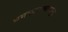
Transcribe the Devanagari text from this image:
धमकावण्यापासून